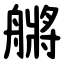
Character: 䒂